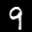
Label: 9